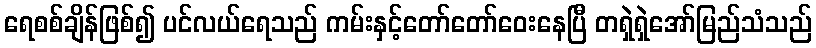
ရေစစ်ချိန်ဖြစ်၍ ပင်လယ်ရေသည် ကမ်းနှင့်တော်တော်ဝေးနေပြီ တရှဲရှဲအော်မြည်သံသည်